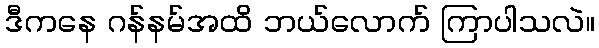
ဒီကနေ ဂန်နမ်အထိ ဘယ်လောက် ကြာပါသလဲ။